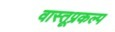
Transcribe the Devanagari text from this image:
वास्तूप्रकल्प